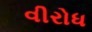
વીરોધ